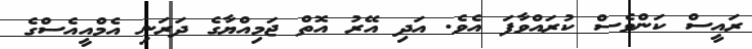
ރައީސް ކަންވެސް ކުރައްވާފަ އެވެ. އަދި އޭރު އޮތް ޖަމިއްޔާގެ ދަރަނި އެމްއީއެސްގެ